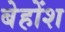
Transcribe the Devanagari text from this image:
बेहोंश